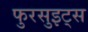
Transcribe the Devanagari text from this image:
फुरसुइट्स